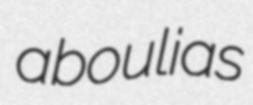
aboulias